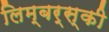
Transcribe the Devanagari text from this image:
लिम्बर्स्की